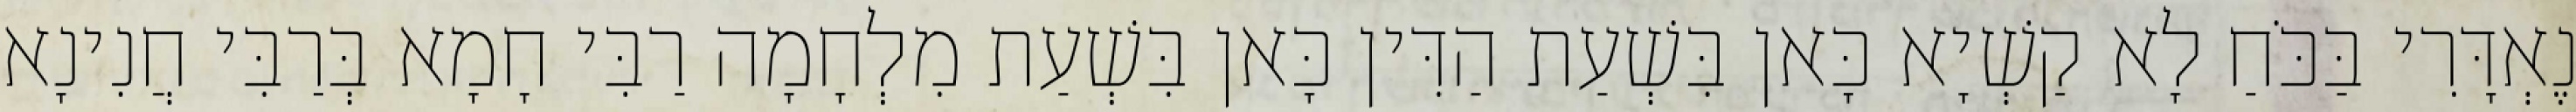
נֶאְדָּרִי בַּכֹּחַ לָא קַשְׁיָא כָּאן בִּשְׁעַת הַדִּין כָּאן בִּשְׁעַת מִלְחָמָה רַבִּי חָמָא בְּרַבִּי חֲנִינָא